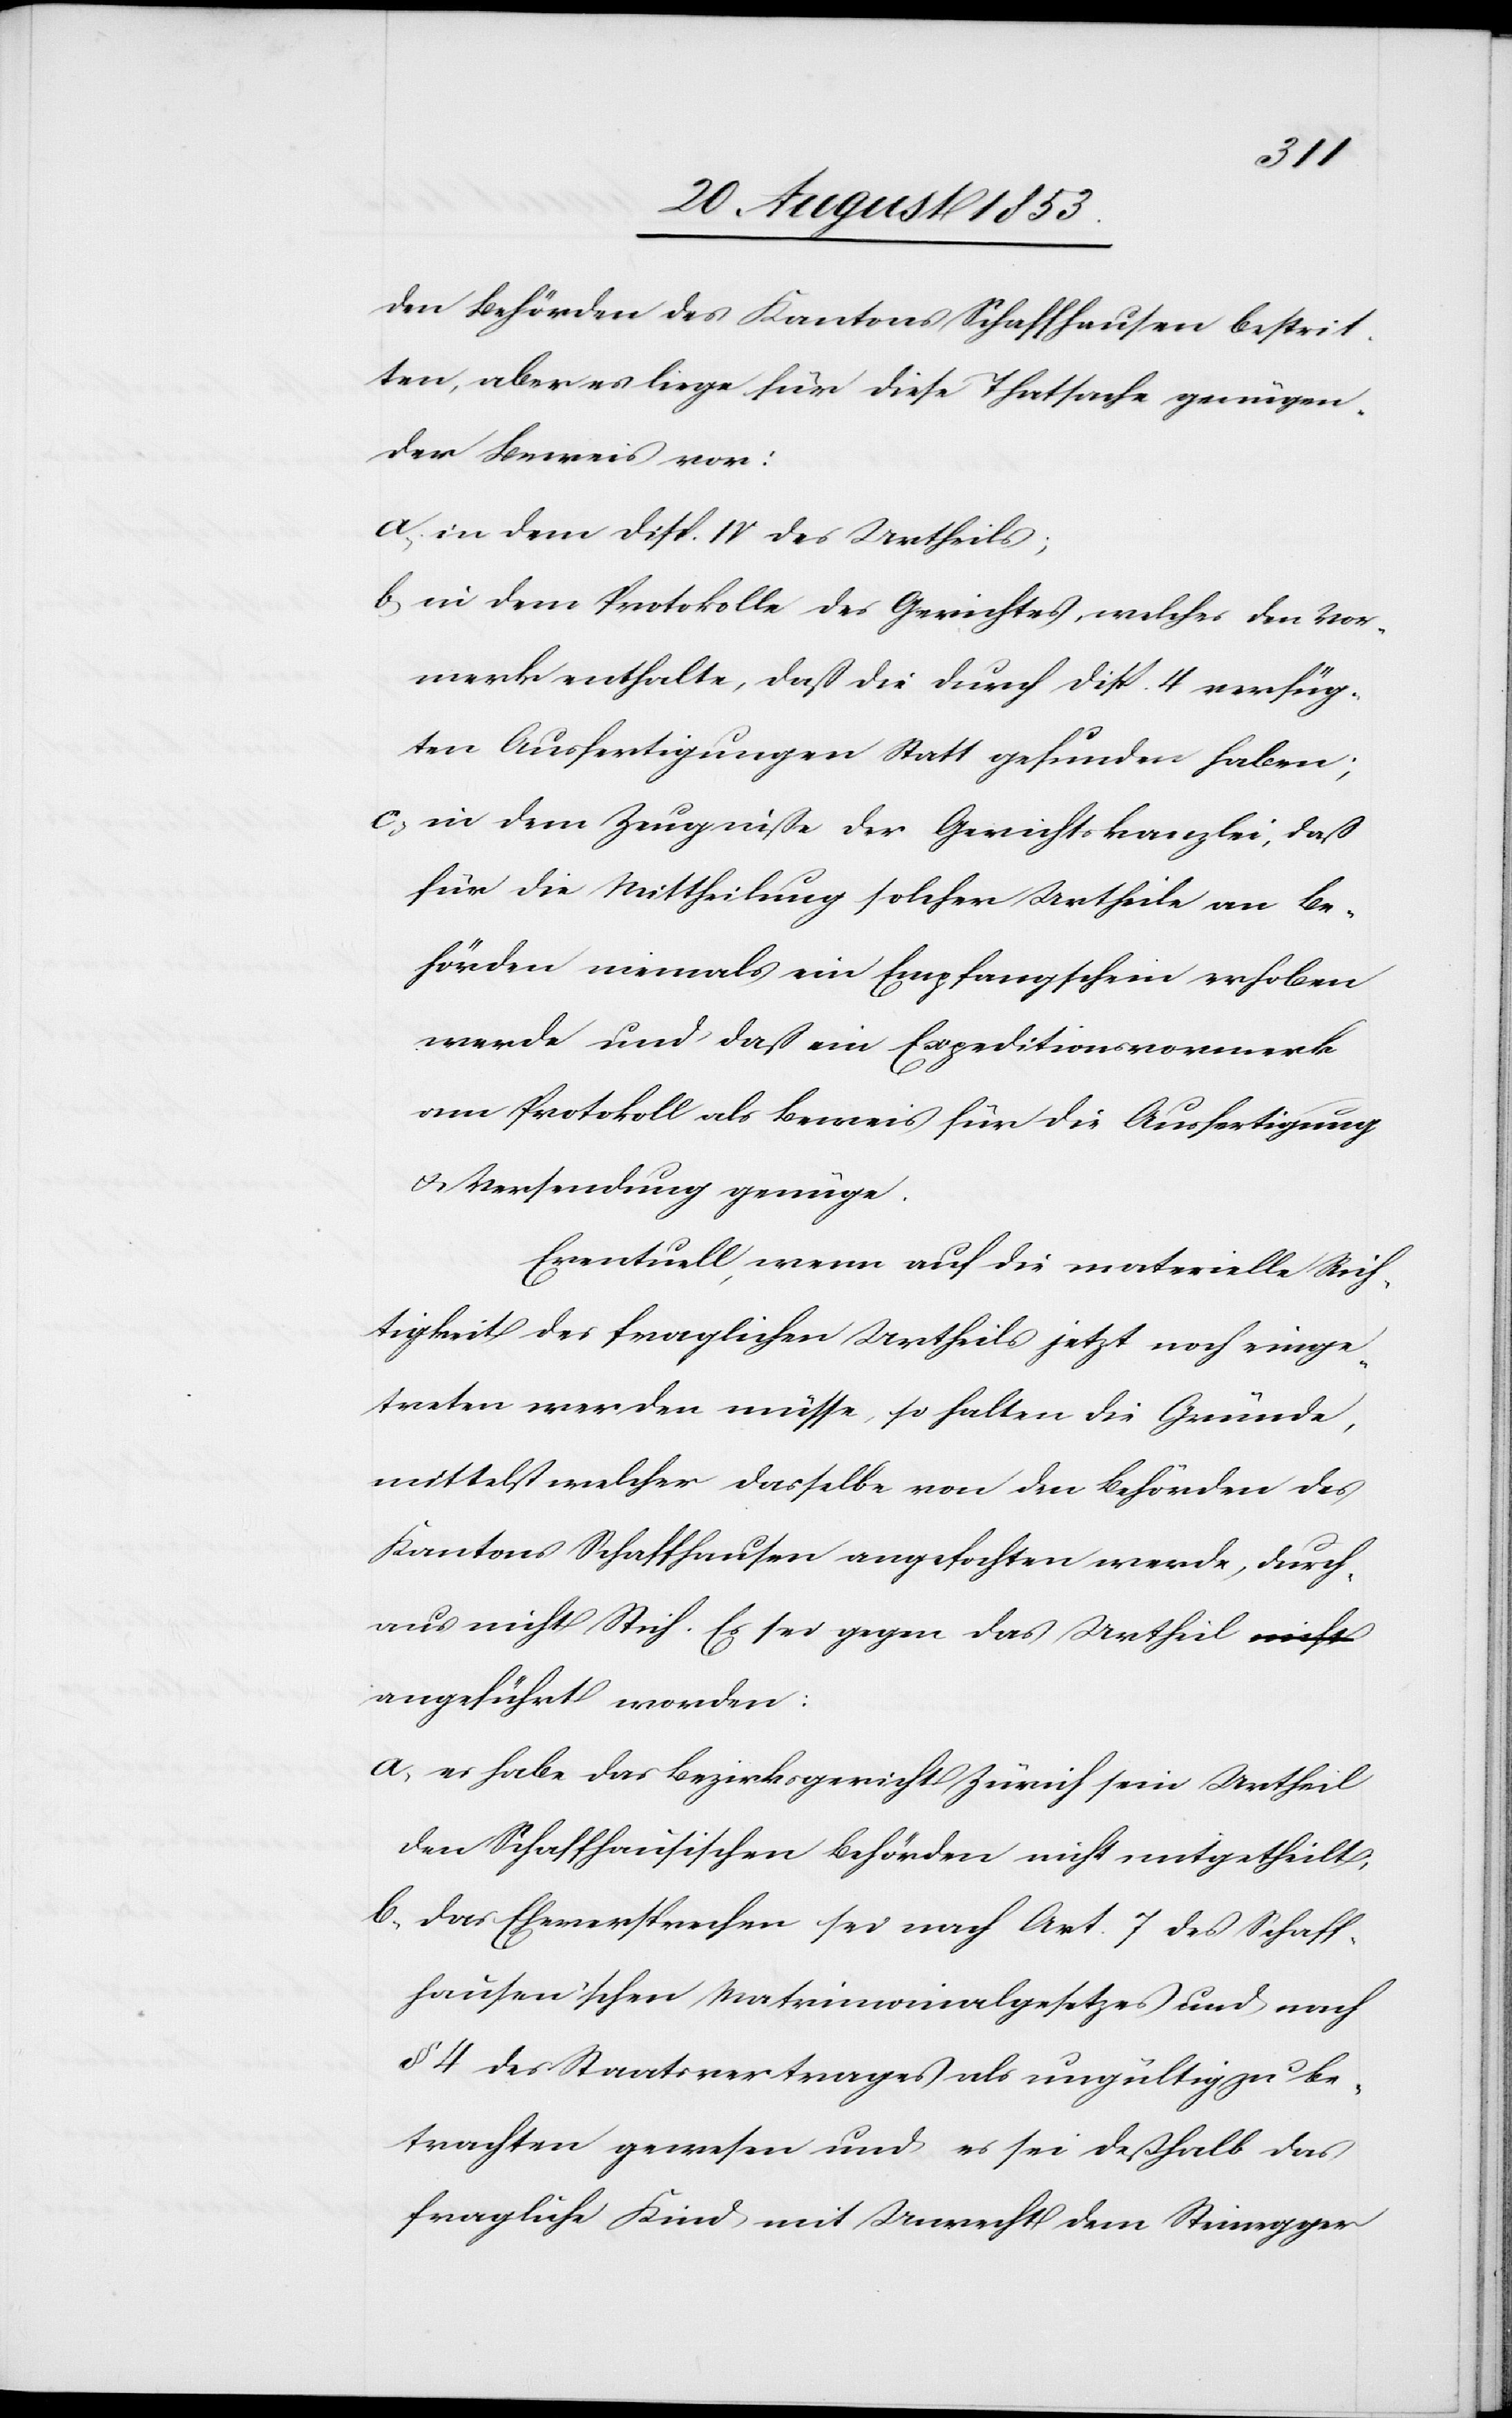
den Behörden des Kantons Schaffhausen bestrit¬
ten, aber es liege für diese Thatsache genügen¬
der Beweis vor:
a, in dem Disp. IV des Urtheils;
b, in dem Protokolle des Gerichtes, welches den Vor¬
merk enthalte, daß die durch Disp. 4 verfüg¬
ten Ausfertigungen Statt gefunden haben;
c, in dem Zeugniße der Gerichtskanzlei, daß
für die Mittheilung solcher Urtheile an Be¬
hörden niemals ein Empfangschein erhoben
werde und daß ein Expeditionsvormerk
am Protokoll als Beweis für die Ausfertigung
u. Versendung genüge.
Eventuell, wenn auf die materielle Rich¬
tigkeit des fraglichen Urtheils jetzt noch einge¬
treten werden müsse, so halten die Gründe,
mittelst welcher dasselbe von den Behörden des
Kantons Schaffhausen angefochten werde, durch¬
aus nicht Stich. Es sei gegen das Urtheil
angeführt worden:
a, es habe das Bezirksgericht Zürich sein Urtheil
den Schaffhausischen Behörden nicht mitgetheilt;
b, das Eheversprechen sei nach Art. 7 des Schaff¬
hausen’schen Matrimonialgesetzes und nach
§ 4 des Staatsvertrages als ungültiges Be¬
trachten gewesen und es sei deßhalb das
fragliche Kind mit Unrecht dem Steinegger